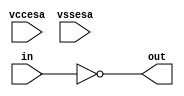
// This program was cloned from: https://github.com/chipsalliance/aib-phy-hardware
// License: Apache License 2.0

// SPDX-License-Identifier: Apache-2.0
// Copyright (C) 2019 Intel Corporation. 
module sa_invg0_ulvt ( in, out, vccesa, vssesa );

  input in;
  output out;
  input vssesa;
  input vccesa;
  
  assign out = ~in ;
  
endmodule

module sa_invg1_ulvt ( in, out, vccesa, vssesa );

  input in;
  output out;
  input vssesa;
  input vccesa;
  
  assign out = ~in ;
  
endmodule

module sa_invg2_ulvt ( in, out, vccesa, vssesa );

  input in;
  output out;
  input vssesa;
  input vccesa;
  
  assign out = ~in ;
  
endmodule

module sa_invg2_hs_ulvt ( in, out, vccesa, vssesa );

  input in;
  output out;
  input vssesa;
  input vccesa;
  
  assign out = ~in ;
  
endmodule

module sa_invg4_ulvt ( in, out, vccesa, vssesa );

  input in;
  output out;
  input vssesa;
  input vccesa;
  
  assign out = ~in ;
  
endmodule

module sa_invg4_hs_ulvt ( in, out, vccesa, vssesa );

  input in;
  output out;
  input vssesa;
  input vccesa;
  
  assign out = ~in ;
  
endmodule

module sa_invg8_ulvt ( in, out, vccesa, vssesa );

  input in;
  output out;
  input vssesa;
  input vccesa;
  
  assign out = ~in ;
  
endmodule

module sa_invg0_elvt ( in, out, vccesa, vssesa );

  input in;
  output out;
  input vssesa;
  input vccesa;
  
  assign out = ~in ;
  
endmodule

module sa_invg1_elvt ( in, out, vccesa, vssesa );

  input in;
  output out;
  input vssesa;
  input vccesa;
  
  assign out = ~in ;
  
endmodule

module sa_invg2_elvt ( in, out, vccesa, vssesa );

  input in;
  output out;
  input vssesa;
  input vccesa;
  
  assign out = ~in ;
  
endmodule

module sa_invg2_hs_elvt ( in, out, vccesa, vssesa );

  input in;
  output out;
  input vssesa;
  input vccesa;
  
  assign out = ~in ;
  
endmodule

module sa_invg4_elvt ( in, out, vccesa, vssesa );

  input in;
  output out;
  input vssesa;
  input vccesa;
  
  assign out = ~in ;
  
endmodule

module sa_invg4_hs_elvt ( in, out, vccesa, vssesa );

  input in;
  output out;
  input vssesa;
  input vccesa;
  
  assign out = ~in ;
  
endmodule

module sa_invg8_elvt ( in, out, vccesa, vssesa );

  input in;
  output out;
  input vssesa;
  input vccesa;
  
  assign out = ~in ;
  
endmodule

module sa_buf00_ulvt ( in, out, vccesa, vssesa );

  input in;
  output out;
  input vssesa;
  input vccesa;
  
  assign out = in ;
  
endmodule

module sa_buf01_ulvt ( in, out, vccesa, vssesa );

  input in;
  output out;
  input vssesa;
  input vccesa;
  
  assign out = in ;
  
endmodule

module sa_nd2g1_ulvt( out, ina, inb, vccesa, vssesa );

  output out;
  input inb;
  input vssesa;
  input ina;
  input vccesa;
  
  assign out = ~(ina && inb) ;
  
endmodule

module sa_nd3g1_ulvt( out, ina, inb, inc , vccesa, vssesa );

  output out;
  input inc;
  input inb;
  input vssesa;
  input ina;
  input vccesa;
  
  assign out = ~(ina && inb && inc ) ;
  
endmodule

module sa_nd4g1_ulvt( out, ina, inb, inc , ind,  vccesa, vssesa );

  output out;
  input ind;
  input inc;
  input inb;
  input vssesa;
  input ina;
  input vccesa;
  
  assign out = ~(ina && inb && inc && ind ) ;
  
endmodule

module sa_nd2g1_elvt( out, ina, inb, vccesa, vssesa );

  output out;
  input inb;
  input vssesa;
  input ina;
  input vccesa;
  
  assign out = ~(ina && inb) ;
  
endmodule

module sa_nd3g1_elvt( out, ina, inb, inc , vccesa, vssesa );

  output out;
  input inc;
  input inb;
  input vssesa;
  input ina;
  input vccesa;
  
  assign out = ~(ina && inb && inc ) ;
  
endmodule

module sa_nd4g1_elvt( out, ina, inb, inc , ind,  vccesa, vssesa );

  output out;
  input ind;
  input inc;
  input inb;
  input vssesa;
  input ina;
  input vccesa;
  
  assign out = ~(ina && inb && inc && ind ) ;
  
endmodule

module sa_nr2g1_ulvt( out, ina, inb, vccesa, vssesa );

  output out;
  input inb;
  input vssesa;
  input ina;
  input vccesa;
  
  assign out = ~(ina || inb) ;
  
endmodule

module sa_nr3g1_ulvt( out, ina, inb, inc , vccesa, vssesa );

  output out;
  input inc;
  input inb;
  input vssesa;
  input ina;
  input vccesa;
  
  assign out = ~(ina || inb || inc ) ;
  
endmodule

module sa_nr4g1_ulvt( out, ina, inb, inc , ind,  vccesa, vssesa );

  output out;
  input ind;
  input inc;
  input inb;
  input vssesa;
  input ina;
  input vccesa;
  
  assign out = ~(ina || inb || inc || ind ) ;
  
endmodule

module sa_nr2g1_elvt( out, ina, inb, vccesa, vssesa );

  output out;
  input inb;
  input vssesa;
  input ina;
  input vccesa;
  
  assign out = ~(ina || inb) ;
  
endmodule

module sa_nd2_hs_ulvt( out, ina, inb, vccesa, vssesa );

  output out;
  input inb;
  input vssesa;
  input ina;
  input vccesa;
  
  assign out = ~(ina && inb) ;
  
endmodule

module sa_nr2_hs_ulvt( out, ina, inb, vccesa, vssesa );

  output out;
  input inb;
  input vssesa;
  input ina;
  input vccesa;
  
  assign out = ~(ina || inb) ;
  
endmodule

module sa_nd2_cl_ulvt( out, ina, inb, vccesa, vssesa );

  output out;
  input inb;
  input vssesa;
  input ina;
  input vccesa;
  
  assign out = ~(ina && inb) ;
  
endmodule

module sa_nr2_cl_ulvt( out, ina, inb, vccesa, vssesa );

  output out;
  input inb;
  input vssesa;
  input ina;
  input vccesa;
  
  assign out = ~(ina || inb) ;
  
endmodule

module sa_xnr2_hs_ulvt( out, ina, inb, vccesa, vssesa );

  output out;
  input inb;
  input vssesa;
  input ina;
  input vccesa;
  
  assign out = ina ~^ inb ;
  
endmodule

module sa_xor2_hs_ulvt( out, outb, ina_p, ina_n, inb_p, inb_n, vccesa, vssesa );

  output out;
  output outb;
  input inb_p;
  input inb_n;
  input vssesa;
  input ina_p;
  input ina_n;
  input vccesa;
  
//  assign out = ((ina_p ~^ ~ina_n) && (inb_p ~^ ~inb_n )) ? ina_p ^ inb_p : 1'bx  ;
//  assign outb = ((ina_p ~^ ~ina_n) && (inb_p ~^ ~inb_n )) ? ~out : 1'bx ;
  assign out = ina_p ^ inb_p ;
  assign outb = ~out ;

endmodule



//==========================================================================================
module sa_frncnp_elvt ( q, qn, clk, d, nclr, npre, vccesa, vssesa );

  output qn;
  output q;
  input nclr;
  input npre;
  input d;
  input clk;
  inout vssesa;
  inout vccesa;

  reg q;

  always @ (posedge clk or negedge nclr or negedge npre) begin
     if (~nclr)
        q <= 1'b0;
     else if (~npre)
        q <= 1'b1;
     else
        q <= d;
  end
  assign qn = ~q;

endmodule


//==========================================================================================
module sa_frncnp_ulvt ( q, qn, clk, d, nclr, npre, vccesa, vssesa );

  output qn;
  output q;
  input nclr;
  input npre;
  input d;
  input clk;
  inout vssesa;
  inout vccesa;

  reg q;

  always @ (posedge clk or negedge nclr or negedge npre) begin
    if (~nclr)
       q <= 1'b0;
    else if (~npre)
       q <= 1'b1;
    else
       q <= d;
  end
  assign qn = ~q;

endmodule


//==========================================================================================
module sa_frnc_ulvt ( q, clk, d, nclr, vccesa, vssesa );

  output q;
  input nclr;
  input d;
  input clk;
  inout vssesa;
  inout vccesa;

  reg q;

  always @ (posedge clk or negedge nclr) begin
    if (~nclr)
       q <= 1'b0;
    else
       q <= d;
  end

endmodule


//==========================================================================================
module sa_frnc_ulvt_hp ( q, clk, d, nclr, vccesa, vssesa );

  output q;
  input nclr;
  input d;
  input clk;
  inout vssesa;
  inout vccesa;

  reg q;

  always @ (posedge clk or negedge nclr) begin
    if (~nclr)
       q <= 1'b0;
    else
       q <= d;
  end

endmodule


//==========================================================================================
module sa_sdff_1x ( out, outb, clk, d, vccesa, vssesa );

  inout out;
  inout outb;
  input d;
  input clk;
  inout vssesa;
  inout vccesa;

  reg tmp;

  always @ (posedge clk) begin
     tmp <= d;
  end
  assign out  = (clk)? tmp:1'bz;
  assign outb = (clk)?~tmp:1'bz;

endmodule


//==========================================================================================
module sa_sdffrr_1x ( out, outb, clk, d, db, rst_n, vccesa, vssesa );

  input rst_n;
  output out;
  output outb;
  input d;
  input clk;
  inout vssesa;
  input db;
  inout vccesa;
  
  reg out;

  always @ (posedge clk or negedge rst_n) begin
     out <= (!rst_n)?1'b0:((db!=d)?d:1'bx);
  end
  assign outb = ~out;

endmodule


//==========================================================================================
module sa_sdffrr_1x_tx ( out, outb, clk, d, db, rst_n, vccesa, vssesa );

  input rst_n;
  output out;
  output outb;
  input d;
  input clk;
  inout vssesa;
  input db;
  inout vccesa;

  reg out;

  always @ (posedge clk or negedge rst_n) begin
     out <= (!rst_n)?1'b0:((db!=d)?d:1'bx);
  end
  assign outb = ~out;

endmodule


//==========================================================================================
module sa_sdffrr ( out, outb, clk, d, db, rst_n, vccesa, vssesa );

  input rst_n;
  output out;
  output outb;
  input d;
  input clk;
  inout vssesa;
  input db;
  inout vccesa;

  reg out;

  always @ (posedge clk or negedge rst_n) begin
     out <= (!rst_n)?1'b0:((db!=d)?d:1'bx);
  end
  assign outb = ~out;

endmodule


//==========================================================================================
module sa_sdl_en_2x ( out, outb, clk, d, db, en, vccesa, vssesa );

  inout out;
  inout outb;
  input d;
  input en;
  input clk;
  inout vssesa;
  input db;
  inout vccesa;

  reg tmp;
  wire ck;

  assign ck = clk&en;
  always @ (posedge ck) begin
     tmp <= (db!=d)?d:1'bx;
  end
  assign out  = (ck)? tmp:1'bz;
  assign outb = (ck)?~tmp:1'bz;

endmodule


//==========================================================================================






module sa_triinv1_ulvt ( en, in, out, vccesa, vssesa );

  output out;
  input in;
  input en;
  inout vssesa;
  inout vccesa;

  wire out;
  
  assign out = (en) ? ~in : 1'bz;
  
endmodule


module sa_triinv2_ulvt ( en, in, out, vccesa, vssesa );

  output out;
  input in;
  input en;
  inout vssesa;
  inout vccesa;

  wire out;
  
  assign out = (en) ? ~in : 1'bz;
  
endmodule


module sa_triinv2_elvt ( en, in, out, vccesa, vssesa );

  output out;
  input in;
  input en;
  inout vssesa;
  inout vccesa;
  
  wire out;

  assign out = (en) ? ~in : 1'bz;
  
endmodule


module sa_muxnd21_ulvt ( in0, in1, en0, en1, out, vccesa, vssesa );

  output out;
  input in0;
  input in1;
  input en0;
  input en1;
  inout vssesa;
  inout vccesa;
  
  reg out;

  always @ (en0, en1, in0, in1)
  case ({en1, en0})
  2'b00 : out = 1'b0;
  2'b01 : out = in0;
  2'b10 : out = in1;
  2'b11 : out = ~(~in1 && ~in0);
  endcase
  
endmodule


module sa_muxnd41_ulvt ( in0, in1, in2, in3, en0, en1, en2, en3, out, vccesa, vssesa );

  output out;
  input in0;
  input in1;
  input in2;
  input in3;
  input en0;
  input en1;
  input en2;
  input en3;
  inout vssesa;
  inout vccesa;
  
  wire out;

  wire in0_temp , in1_temp , in2_temp , in3_temp;

     assign in0_temp = (en0) ? ~in0 : 1'b1;
     assign in1_temp = (en1) ? ~in1 : 1'b1;
     assign in2_temp = (en2) ? ~in2 : 1'b1;
     assign in3_temp = (en3) ? ~in3 : 1'b1;

     assign out = ~(in0_temp && in1_temp && in2_temp && in3_temp);

endmodule


module sa_muxnd21_buf_ulvt ( in0, in1, en0, en1, out, vccesa, vssesa );

  output out;
  input in0;
  input in1;
  input en0;
  input en1;
  inout vssesa;
  inout vccesa;
  
  reg out;

  always @ (en0, en1, in0, in1)
  case ({en1, en0})
  2'b00 : out = 1'b0;
  2'b01 : out = in0;
  2'b10 : out = in1;
  2'b11 : out = ~(~in1 && ~in0);
  endcase
  
endmodule


module sa_muxnd41_buf_ulvt ( in0, in1, in2, in3, en0, en1, en2, en3, out, vccesa, vssesa );

  output out;
  input in0;
  input in1;
  input in2;
  input in3;
  input en0;
  input en1;
  input en2;
  input en3;
  inout vssesa;
  inout vccesa;
  
  wire out;

  wire in0_temp , in1_temp , in2_temp , in3_temp;

     assign in0_temp = (en0) ? ~in0 : 1'b1;
     assign in1_temp = (en1) ? ~in1 : 1'b1;
     assign in2_temp = (en2) ? ~in2 : 1'b1;
     assign in3_temp = (en3) ? ~in3 : 1'b1;

     assign out = ~(in0_temp && in1_temp && in2_temp && in3_temp);

endmodule


module sa_muxpas21_ulvt ( in0, in1, en0, en1, out, vccesa, vssesa );

  output out;
  input in0;
  input in1;
  input en0;
  input en1;
  inout vssesa;
  inout vccesa;
  
  reg out;

  always @ (en0, en1, in0, in1)
  case ({en1, en0})
  2'b00 : out = 1'bz;
  2'b01 : out = in0;
  2'b10 : out = in1;
  default : out = 1'bx;
  endcase
  
endmodule


module sa_muxpas41_ulvt ( in0, in1, in2, in3, en0, en1, en2, en3, out, vccesa, vssesa );

  output out;
  input in0;
  input in1;
  input in2;
  input in3;
  input en0;
  input en1;
  input en2;
  input en3;
  inout vssesa;
  inout vccesa;
  
  reg out;

  always @ (en0, en1, en2, en3, in0, in1, in2, in3)
  case ({en3, en2, en1, en0})
  4'b0000 : out = 1'bz;
  4'b0001 : out = in0;
  4'b0010 : out = in1;
  4'b0100 : out = in2;
  4'b1000 : out = in3;
  default : out = 1'bx;
  endcase

endmodule


module sa_muxtri21_ulvt ( in0, in1, en0, en1, out, pd, pdb, vccesa, vssesa );

  output out;
  input in0;
  input in1;
  input en0;
  input en1;
  input pd;
  input pdb;
  inout vssesa;
  inout vccesa;
  
  wire out;
  reg outb;

  always @ (en0, en1, in0, in1, pd, pdb)
  case ({pdb, pd})
  2'b00 : outb = 1'b1;
  2'b01 : outb = 1'bx;
  2'b10 :
	case ({en1, en0})
	2'b00 : outb = 1'bz;
	2'b01 : outb = ~in0;
	2'b10 : outb = ~in1;
	2'b11 : outb = 1'bx;
	endcase
  2'b11 : outb = 1'b0;
  endcase

  assign out = ~outb;

endmodule


module sa_muxtri31_ulvt ( in0, in1, in2, en0, en1, en2, out, pd, pdb, vccesa, vssesa );

  output out;
  input in0;
  input in1;
  input in2;
  input en0;
  input en1;
  input en2;
  input pd;
  input pdb;
  inout vssesa;
  inout vccesa;
  
  wire out;
  reg outb;

  always @ (en0, en1, en2, in0, in1, in2, pd, pdb)
  case ({pdb, pd})
  2'b00 : outb = 1'b1;
  2'b01 : outb = 1'bx;
  2'b10 :
	case ({en2, en1, en0})
	3'b000 : outb = 1'bz;
	3'b001 : outb = ~in0;
	3'b010 : outb = ~in1;
	3'b100 : outb = ~in2;
	default : outb = 1'bx;
  	endcase
  2'b11 : outb = 1'b0;
  endcase

  assign out = ~outb;
  
endmodule


module sa_muxtri41_ulvt ( in0, in1, in2, in3, en0, en1, en2, en3, out, pd, pdb, vccesa, vssesa );

  output out;
  input in0;
  input in1;
  input in2;
  input in3;
  input en0;
  input en1;
  input en2;
  input en3;
  input pd;
  input pdb;
  inout vssesa;
  inout vccesa;
  
  wire out;
  reg outb;

  always @ (en0, en1, en2, en3, in0, in1, in2, in3, pd, pdb)
  case ({pdb, pd})
  2'b00 : outb = 1'b1;
  2'b01 : outb = 1'bx;
  2'b10 :
	case ({en3, en2, en1, en0})
	4'b0000 : outb = 1'bz;
	4'b0001 : outb = ~in0;
	4'b0010 : outb = ~in1;
	4'b0100 : outb = ~in2;
	4'b1000 : outb = ~in3;
	default : outb = 1'bx;
	endcase
  2'b11 : outb = 1'b0;
  endcase

  assign out = ~outb;
  
endmodule


module sa_muxtri81_ulvt ( in0, in1, in2, in3,in4, in5, in6, in7, en0, en1, en2, en3, en4, en5, en6, en7, out, pd, pdb, vccesa, vssesa );

  output out;
  input in0;
  input in1;
  input in2;
  input in3;
  input in4;
  input in5;
  input in6;
  input in7;
  input en0;
  input en1;
  input en2;
  input en3;
  input en4;
  input en5;
  input en6;
  input en7;
  input pd;
  input pdb;
  inout vssesa;
  inout vccesa;
  
  wire out;
  reg outb;

  always @ (en0, en1, en2, en3, en4, en5, en6, en7, in0, in1, in2, in3, in4, in5, in6, in7, pd, pdb)
  case ({pdb, pd})
  2'b00 : outb = 1'b1;
  2'b01 : outb = 1'bx;
  2'b10 :
	case ({en7, en6, en5, en4, en3, en2, en1, en0})
	8'b00000000 : outb = 1'bz;
	8'b00000001 : outb = ~in0;
	8'b00000010 : outb = ~in1;
	8'b00000100 : outb = ~in2;
	8'b00001000 : outb = ~in3;
	8'b00010000 : outb = ~in4;
	8'b00100000 : outb = ~in5;
	8'b01000000 : outb = ~in6;
	8'b10000000 : outb = ~in7;
	default : outb = 1'bx;
	endcase
  2'b11 : outb = 1'b0;
  endcase

  assign out = ~outb;
  
endmodule


module sa_txgate_ulvt ( en, in, out, vccesa, vssesa );

  output out;
  input in;
  input en;
  inout vssesa;
  inout vccesa;

  wire out;

  assign out = (en) ? in : 1'bz;
  
endmodule


module sa_txgate_elvt ( en, in, out, vccesa, vssesa );

  output out;
  input in;
  input en;
  inout vssesa;
  inout vccesa;

  wire out;

  assign out = (en) ? in : 1'bz;
  
endmodule



module sa_lvshift_ulvt ( i, ib, o, ob, vccesa, vssesa );

  output o;
  output ob;
  input i;
  input ib;
  inout vssesa;
  inout vccesa;
  
  wire o;

  assign o = (i > ib) ? 1'b1 : 1'b0;
  assign ob = ~o;
  
endmodule

module sa_decap4_ulvt ( vccesa , vssesa );

  inout vccesa;
  inout vssesa;

endmodule

module sa_decap8_ulvt ( vccesa , vssesa );

  inout vccesa;
  inout vssesa;

endmodule